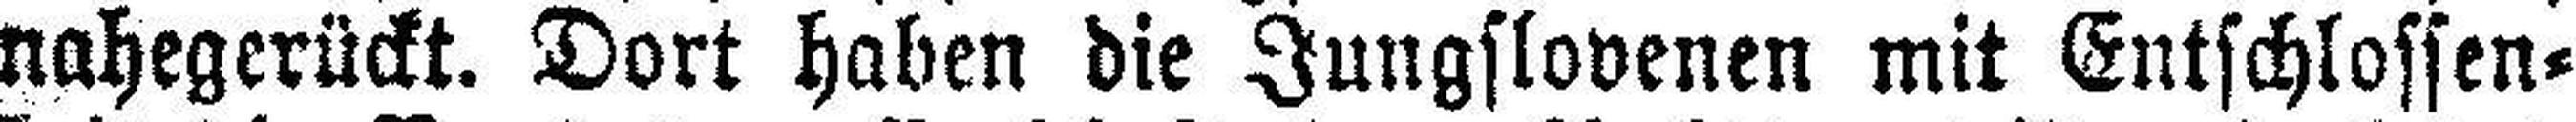
nahegerückt. Dort haben die Jungslovenen mit Entschlossen¬